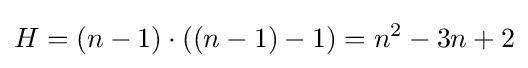
H=(n-1)\cdot ((n-1)-1)=n^{2}-3n+2